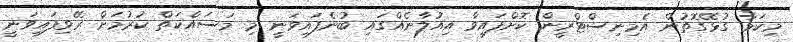
މިކަމާ ގުޅޭގޮތުން އެމިނިސްޓްރީން ކޮށްފައިވާ އިއުލާނެއްގައި ބުނެފައިވަނީ މި މަސައްކަތް ކުރުމަށް ރޭވިފައިވަނީ